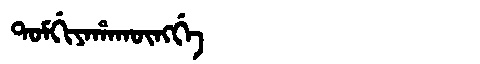
Manchu: ᡨᠣᠮᡤᡳᠶᠠᡥᠠᡴᡡᠩᡤᡝ
Romanization: TOMGIYAHAKŪNGGE